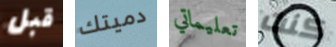
قبل دميتك تعليماتي كنت